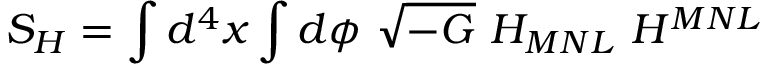
{ \cal S } _ { H } = \int d ^ { 4 } x \int d \phi ~ \sqrt { - G } ~ H _ { M N L } ~ H ^ { M N L }